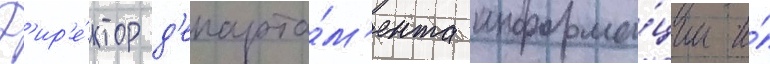
Д'ир'е́ктор д'епарта́м'ента информа́ции и́